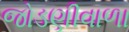
જોડણીવાળા